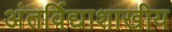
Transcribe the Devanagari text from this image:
अंतर्विद्याशाखीय